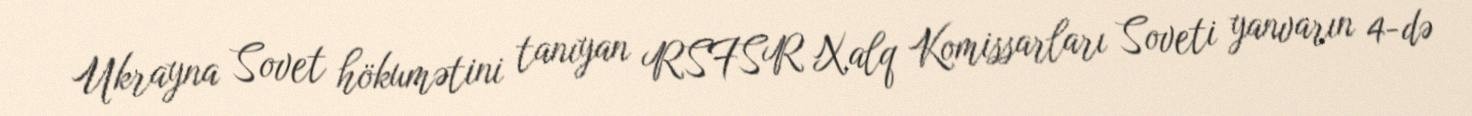
Ukrayna Sovet hökumətini tanıyan RSFSR Xalq Komissarları Soveti yanvarın 4-də